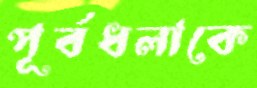
পূর্বধলাকে